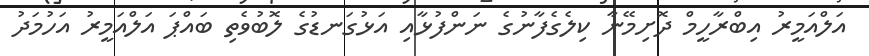
އަލްއަމީރު އިބްރާހީމް ދޮށިމޭނާ ކިލެގެފާނުގެ ނަންފުޅާއި އަޅުގަނޑުގެ ލޮބުވެތި ބައްޕަ އަލްއަމީރު އަހުމަދު